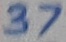
Text: 37